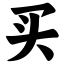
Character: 买